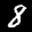
Label: 8